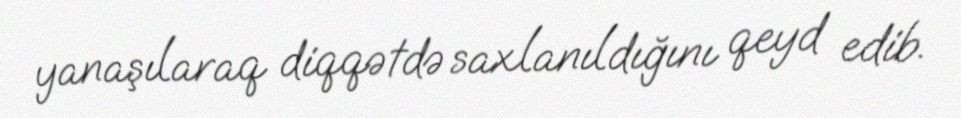
yanaşılaraq diqqətdə saxlanıldığını qeyd edib.